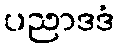
ပညာဒဒံ